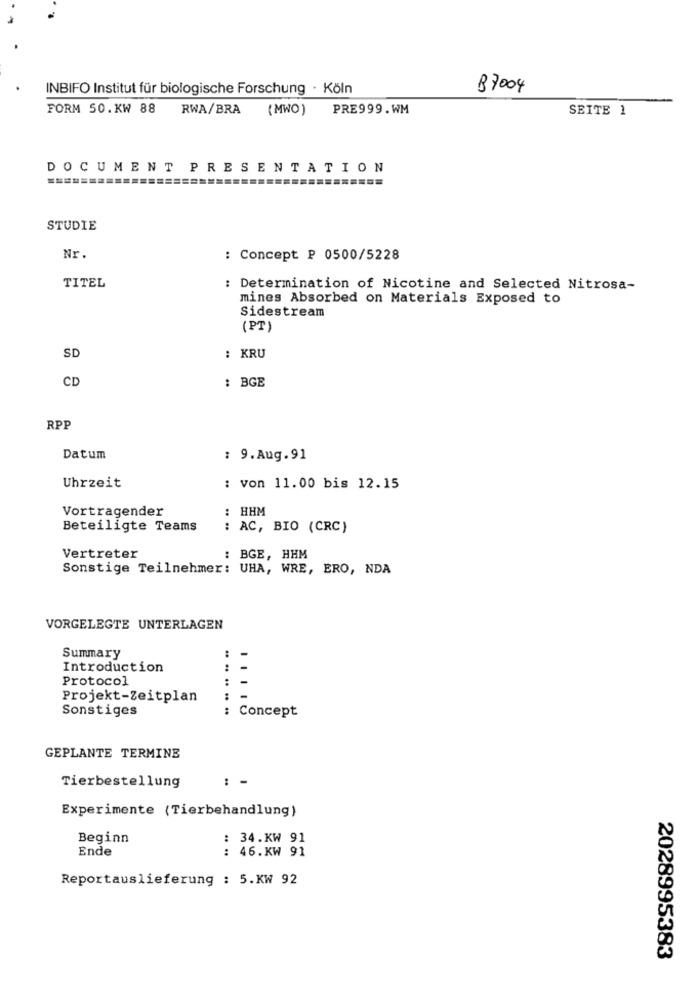
INBIFO Institut für biologische Forschung · Köln
B7004
FORM 50.KW 88
RWA/BRA
(MWO)
PRE999.WM
SEITE 1
DOCUMENT PRESENTATION
STUDIE
Nr.
: Concept ₽ 0500/5228
TITEL
: Determination of Nicotine and Selected Nitrosa-
mines Absorbed on Materials Exposed to
Sidestream
(PT)
SD
: KRU
CD
: BGE
RPP
Datum
: 9.Aug.91
Uhrzeit
: von 11.00 bis 12.15
Vortragender
: HHM
Beteiligte Teams
: AC, BIO (CRC)
Vertreter
: BGE, HHM
Sonstige Teilnehmer: UHA, WRE, ERO, NDA
VORGELEGTE UNTERLAGEN
Summary
..
Introduction
..
Protocol
:
Projekt-Zeitplan
-
Sonstiges
: Concept
GEPLANTE TERMINE
: -
Tierbestellung
Experimente (Tierbehandlung)
Beginn
: 34.KW 91
Ende
: 46.KW 91
Reportauslieferung : 5.KW 92
2028995383